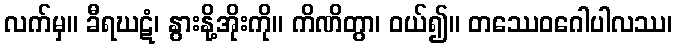
လက်မှ။ ခီရဃဋံ၊ နွားနို့အိုးကို။ ကိဏိတွာ၊ ဝယ်၍။ တဿေဝဂေါပါလဿ၊